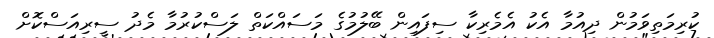
ކުރިމަތިވަމުން ދިއުމާ އެކު އެމެރިކާ ސިފައިން ބޭލުމުގެ މަސައްކަތް ލަސްކުރުމާ މެދު ސީރިއަސްކޮށް